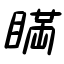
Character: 瞞